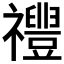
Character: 𱵷